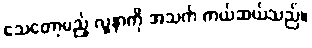
သေတော့မည့် လူနာကို အသက် ကယ်ဆယ်သည်။